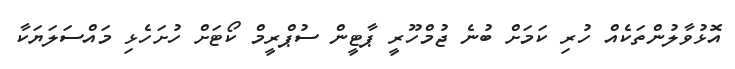
އޮޅުވާލުންތަކެއް ހުރި ކަމަށް ބުނެ ޖުމްހޫރީ ޕާޓީން ސުޕްރީމް ކޯޓަށް ހުށަހެޅި މައްސަލަޔަކާ